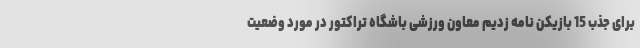
برای جذب 15 بازیکن نامه زدیم معاون ورزشی باشگاه تراکتور در مورد وضعیت